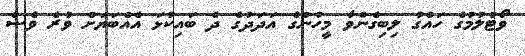
ވޯޓުލުމުގެ ހައްގު ލިބިގެންވާ މީހުންގެ އަދަދުގެ ދެ ބައިކުޅަ އެއްބަޔަށް ވުރެ ވެސް